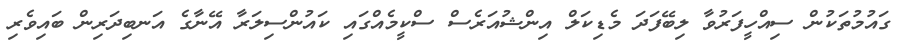
ގައުމުތަކުން ސިއްހީފަރުވާ ލިބޭފަދަ މެޑިކަލް އިންޝުއަރެސް ސްކީމެއްގައި ކައުންސިލަރާ އޭނާގެ އަނބިދަރިން ބައިވެރި